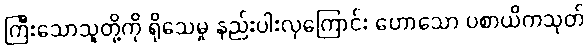
ကြီးသောသူတို့ကို ရိုသေမှု နည်းပါးလှကြောင်း ဟောသော ပစာယိကသုတ်